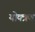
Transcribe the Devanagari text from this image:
योक्त्रण